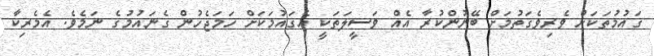
ގައުމުތަކަށް ވެރިވެގަތުމަށް ބޭނުންކުރާ އެއް ވަސީލަތަކީ އެގައުމަކަށް ހަމަޖެހުން ގެނައުމުގެ ނަމެވެ. އެމެރިކާ